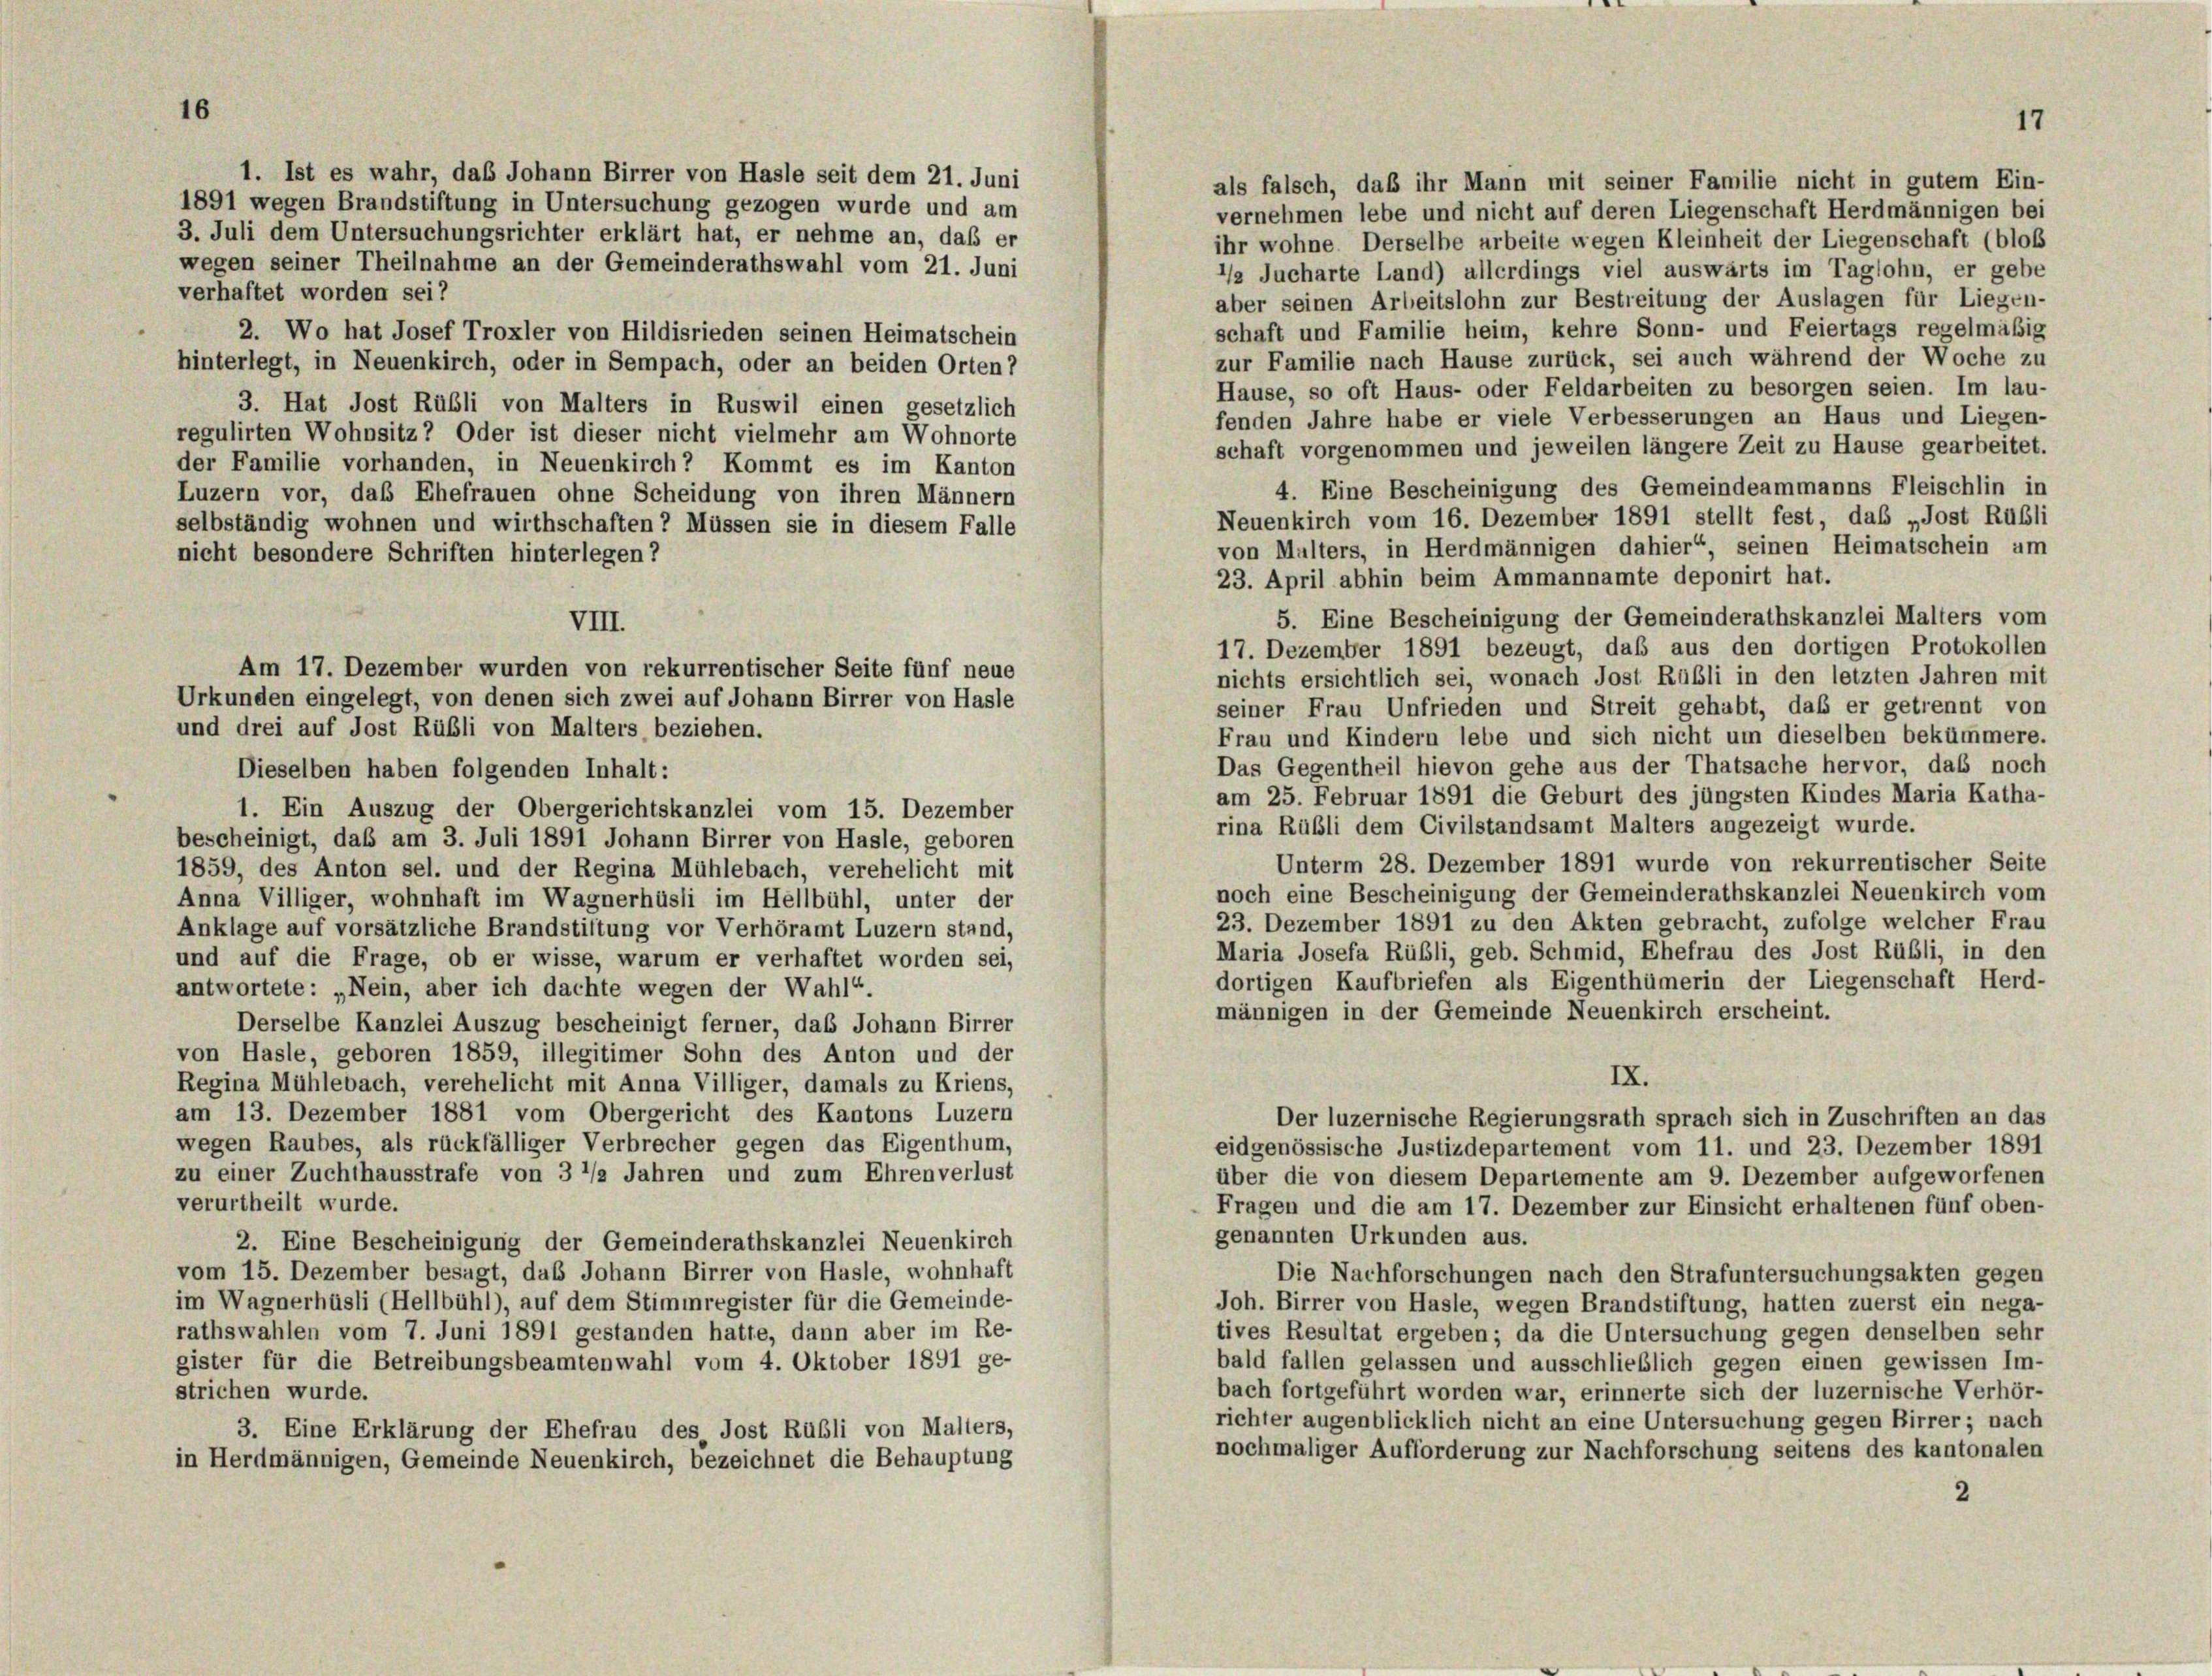
16

1. Ist es wahr, daß Johann Birrer von Hasle seit dem 21. Juni
1891 wegen Brandstiftung in Untersuchung gezogen wurde und am
vernehmen lebe und nicht auf deren Liegenschaft Herdmännigen bei
3. Juli dem Untersuchungsrichter erklärt hat, er nehme an, daß er
ihr wohne Derselbe arbeite wegen Kleinheit der Liegenschaft (bloß
wegen seiner Theilnahme an der Gemeinderathswahl vom 21. Juni
1/2 Jucharte Land) allerdings viel auswärts im Taglohn, er gebe
verhaftet worden sei?
aber seinen Arbeitslohn zur Bestreitung der Auslagen für Liegen-
schaft und Familie heim, kehre Sonn- und Feiertags regelmäßig
2. Wo hat Josef Troxler von Hildisrieden seinen Heimatschein
zur Familie nach Hause zurück, sei auch während der Woche zu
hinterlegt, in Neuenkirch, oder in Sempach, oder an beiden Orten?
Hause, so oft Haus- oder Feldarbeiten zu besorgen seien. Im lau-
3. Hat Jost Rübli von Malters in Ruswil einen gesetzlich
fenden Jahre habe er viele Verbesserungen an Haus und Liegen-
regulirten Wohnsitz? Oder ist dieser nicht vielmehr am Wohnorte
schaft vorgenommen und jeweilen längere Zeit zu Hause gearbeitet.
der Familie vorhanden, in Neuenkirch? Kommt es im Kanton
4. Eine Bescheinigung des Gemeindeammanns Fleischlin in
Luzern vor, das Ehefrauen ohne Scheidung von ihren Männern
Neuenkirch vom 16. Dezember 1891 stellt fest, das „Jost Rußli
selbständig wohnen und wirthschaften? Müssen sie in diesem Falle
von Malters, in Herdmännigen dahier“, seinen Heimatschein am
nicht besondere Schriften hinterlegen ?
23. April abhin beim Ammannamte deponirt hat.
5. Eine Bescheinigung der Gemeinderathskanzlei Malters vom
VIII.
17. Dezember 1891 bezeugt, daß aus den dortigen Protokollen
Am 17. Dezember wurden von rekurrentischer Seite fünf neue
nichts ersichtlich sei, wonach Jost Rübli in den letzten Jahren mit
Urkunden eingelegt, von denen sich zwei auf Johann Birrer von Hasle
seiner Frau Unfrieden und Streit gehabt, daß er getrennt von
und drei auf Jost Rübli von Malters, beziehen.
Frau und Kindern lebe und sich nicht um dieselben bekümmere.
Das Gegentheil hievon gehe aus der Thatsache hervor, das noch
Dieselben haben folgenden Inhalt:
am 25. Februar 1891 die Geburt des jüngsten Kindes Maria Katha-
1. Ein Auszug der Obergerichtskanzlei vom 15. Dezember
rina Rübli dem Civilstandsamt Malters angezeigt wurde.
bescheinigt, daß am 3. Juli 1891 Johann Birrer von Hasle, geboren
Unterm 28. Dezember 1891 wurde von rekurrentischer Seite
1859, des Anton sel. und der Regina Mühlebach, verehelicht mit
noch eine Bescheinigung der Gemeinderathskanzlei Neuenkirch vom
Anna Villiger, wohnhaft im Wagnerhüsli im Hellbühl, unter der
23. Dezember 1891 zu den Akten gebracht, zufolge welcher Frau
Anklage auf vorsätzliche Brandstiftung vor Verhöramt Luzern stand,
Maria Josefa Rübli, geb. Schmid, Ehefrau des Jost Rübli, in den
und auf die Frage, ob er wisse, warum er verhaftet worden sei,
dortigen Kaufbriefen als Eigenthümerin der Liegenschaft Herd-
antwortete: „Nein, aber ich dachte wegen der Wahl“.
männigen in der Gemeinde Neuenkirch erscheint.
Derselbe Kanzlei Auszug bescheinigt ferner, das Johann Birrer
von Hasle, geboren 1859, illegitimer Sohn des Anton und der
IX.
Regina Mühlebach, verehelicht mit Anna Villiger, damals zu Kriens,
am 13. Dezember 1881 vom Obergericht des Kantons Luzern
Der luzernische Regierungsrath sprach sich in Zuschriften an das
wegen Raubes, als rückfälliger Verbrecher gegen das Eigenthum,
eidgenössische Justizdepartement vom 11. und 23. Dezember 1891
zu einer Zuchthausstrafe von 3 1/2 Jahren und zum Ehrenverlust
über die von diesem Departemente am 9. Dezember aufgeworfenen
verurtheilt wurde.
Fragen und die am 17. Dezember zur Einsicht erhaltenen fünf oben-
genannten Urkunden aus.
2. Eine Bescheinigung der Gemeinderathskanzlei Neuenkirch
vom 15. Dezember besagt, das Johann Birrer von Hasle, wohnhaft
Die Nachforschungen nach den Strafuntersuchungsakten gegen
im Wagnerhüsli (Hellbühl), auf dem Stimmregister für die Gemeinde-
Joh. Birrer von Hasle, wegen Brandstiftung, hatten zuerst ein nega-
rathswahlen vom 7. Juni 1891 gestanden hatte, dann aber im Re-
tives Resultat ergeben; da die Untersuchung gegen denselben sehr
bald fallen gelassen und ausschließlich gegen einen gewissen Im-
gister für die Betreibungsbeamtenwahl vom 4. Oktober 1891 ge-
strichen wurde.
bach fortgeführt worden war, erinnerte sich der luzernische Verhör-
richter augenblicklich nicht an eine Untersuchung gegen Birrer; nach
3. Eine Erklärung der Ehefrau des Jost Rübli von Malters,
nochmaliger Aufforderung zur Nachforschung seitens des kantonalen
in Herdmännigen, Gemeinde Neuenkirch, bezeichnet die Behauptung
2

als falsch, daß ihr Mann mit seiner Familie nicht in gutem Ein-

17